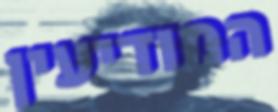
המודיעין